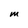
Character: M